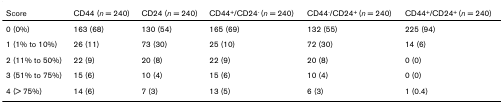
| Score | CD44 (n = 240) | CD24 (n = 240) | CD44+/CD24- (n = 240) | CD44-/CD24+ (n = 240) | CD44+/CD24+ (n = 240) |
 | --- | --- | --- | --- | --- | --- |
 | 0 (0%) | 163 (68) | 130 (54) | 165 (69) | 132 (55) | 225 (94) |
 | 1 (1% to 10%) | 26 (11) | 73 (30) | 25 (10) | 72 (30) | 14 (6) |
 | 2 (11% to 50%) | 22 (9) | 20 (8) | 22 (9) | 20 (8) | 0 (0) |
 | 3 (51% to 75%) | 15 (6) | 10 (4) | 15 (6) | 10 (4) | 0 (0) |
 | 4 (> 75%) | 14 (6) | 7 (3) | 13 (5) | 6 (3) | 1 (0.4) |